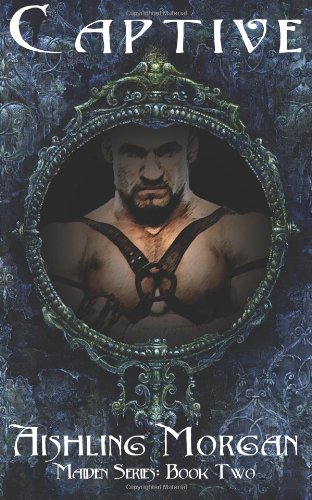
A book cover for Captive: Book Two in the Maiden Series (Volume 2); Aishling Morgan; Romance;